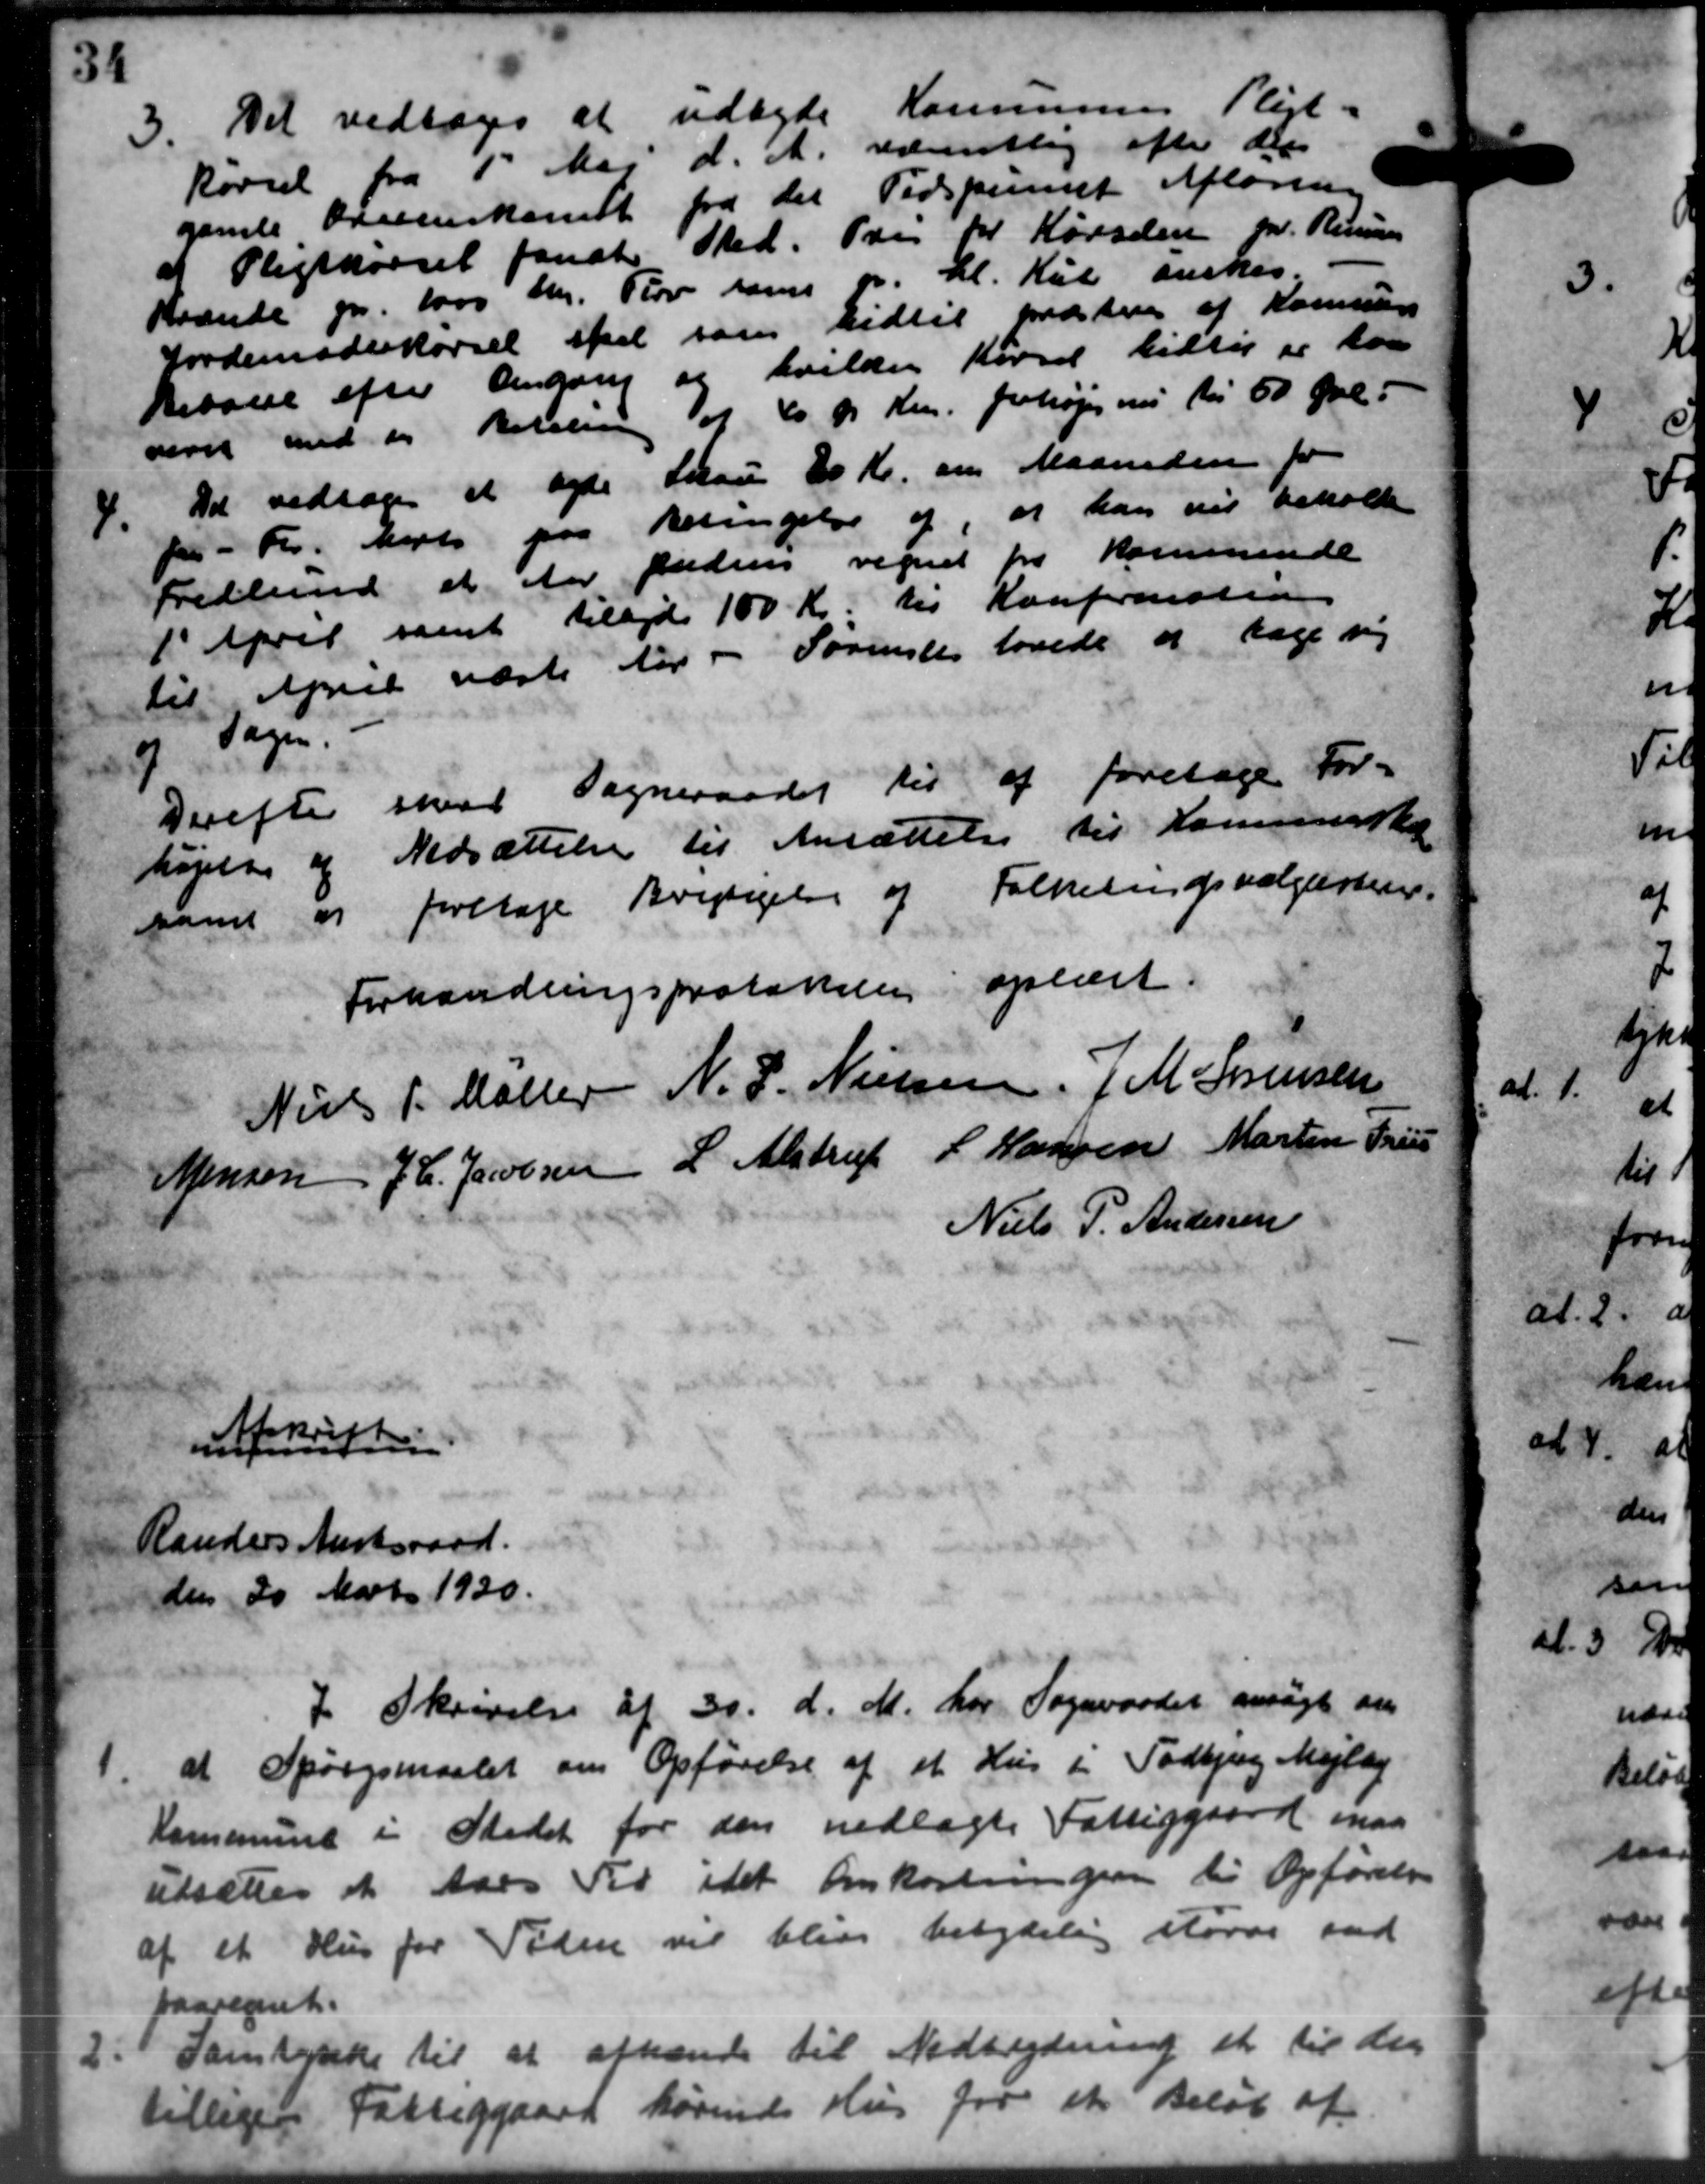
Transskription:
3.
Det vedtoges at udbyde Kommunens Pligt-
kørsel fra 1' Maj d. A. værentlig efter den
gamle Overenskomst fra det Tidspurent Afløsning
Pligtkørsel fandt Sted. Tre for Kørselen pr. Rimes
Brænde pr. 1000 Chr. Plov samt pr. Kl. Kul ønskes.
Jordemoderkørsel skal som hidtil næsten af Kommune
Beboere efter Angang og hvilken Kørsel tidlig er laa
revet med en Betaling af 20 pr. Km. forhøjes nu til 60 Øre i
4.
Det vedtoges at agte Skau 10 Kr. om Maaneden for
 Fr. Kort paa Betingelse af, at han vil beholde
Fredlund at der fadens regnet for kommende
1' April samt Arilbyde 100 Kr. til Konfirmation
til April næste der - Forensen lovede at tage sig
7 Sagen.
Derefter skal Sogneraadet til at foretage For-
højelse af Nedsættelse til Ansættelse til Kommuneska
samt er foretage Brigtigelse af Folketingsvalglisten.
Forhandlingsprototten oplæst.
Niels P. Møller
N. J. Nielsen,
J. M. Sørensen
Jensen
J. C. Jacobsen
L. Alstrup
L Hansen
Martin Pris
Niels P. Andersen

A Christen
Randers Amtsraad.
den 20 Marts 1930.
1.
I Skrivelse af 30. d. M. har Sogneraadet ansøgt an
at Spørgsmaalet om Opførelse af et Hus i Todbjerg Mejlby
Kommune i Stedet for den nedlagte Fattiggaard maa
udsættes at Aars Til idet omkostningen til Opførelse
af et Hus for Tiden vil blive betydelig større sad
paaregnet.
2.
Samtykke til at afhende til Nedsedning et til den
tilligere Fattiggaard hørende Hus for et Beløb af